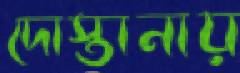
দোস্তানায়